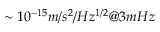
\sim 1 0 ^ { - 1 5 } m / s ^ { 2 } / H z ^ { 1 / 2 } @ 3 m H z